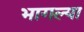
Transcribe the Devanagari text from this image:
भागल्या